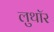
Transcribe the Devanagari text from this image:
लुथाॅर